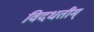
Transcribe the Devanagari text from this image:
विदधतीम्